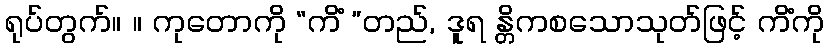
ရုပ်တွက်။ ။ ကုတောကို “ကိံ ”တည်, ဒူရ န္တိကစသောသုတ်ဖြင့် ကိံကို